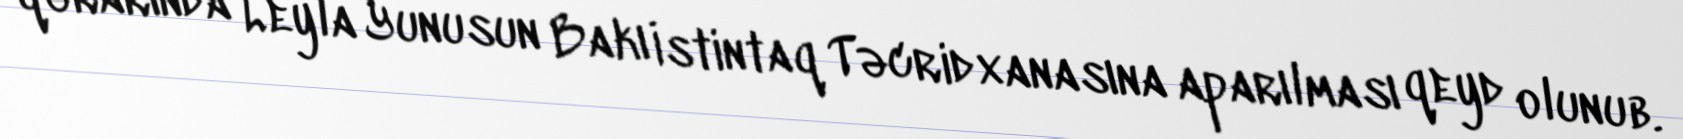
qərarında Leyla Yunusun Bakı İstintaq Təcridxanasına aparılması qeyd olunub.